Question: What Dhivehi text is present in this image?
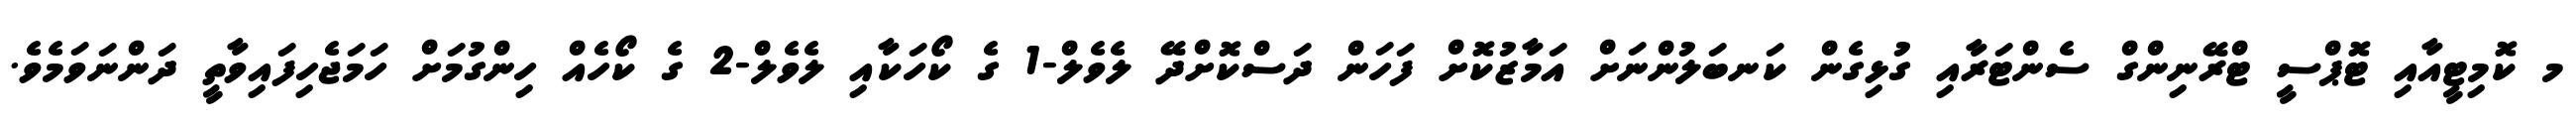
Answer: މ ކޮމިޓީއާއި ޓޮޕްސީ ޓްރޭނިންގް ސެންޓަރާއި ގުޅިގެން ކަނބަލުންނަށް އަމާޒުކޮށް ފަހަން ދަސްކޮށްދޭ ލެވެލް-1 ގެ ކޯހަކާއި ލެވެލް-2 ގެ ކޯހެއް ހިންގުމަށް ހަމަޖެހިފައިވާތީ ދަންނަވަމެވެ.